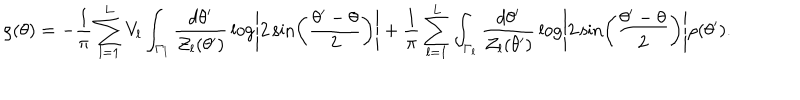
LaTeX: \rho ( \theta ) = - { \frac { 1 } { \pi } } \sum _ { l = 1 } ^ { L } V _ { l } \int _ { \Gamma _ { l } } { \frac { d \theta ^ { \prime } } { { \cal Z } _ { l } ( \theta ^ { \prime } ) } } \log \left| 2 \sin \left( { \frac { \theta ^ { \prime } - \theta } { 2 } } \right) \right| + { \frac { 1 } { \pi } } \sum _ { l = 1 } ^ { L } \int _ { \Gamma _ { l } } { \frac { d \theta ^ { \prime } } { { \cal Z } _ { l } ( \theta ^ { \prime } ) } } \log \left| 2 \sin \left( { \frac { \theta ^ { \prime } - \theta } { 2 } } \right) \right| \rho ( \theta ^ { \prime } ) .